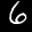
Label: 6